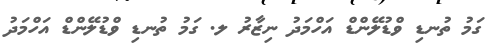
ގަމު ތުނޑި ވްޑުލޭންޑް އަހްމަދު ނިޒާރު ލ. ގަމު ތުނޑި ވްޑުލޭންޑް އަހްމަދު